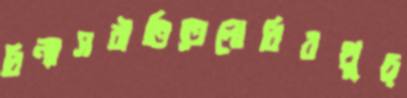
বিন্যাসরীতিতেলোরিরথুচ্